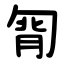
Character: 㔨